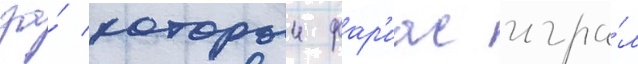
за́ которыи фар'иас игра́л